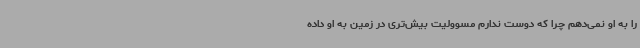
را به او نمی‌دهم چرا که دوست ندارم مسوولیت بیش‌تری در زمین به او داده